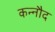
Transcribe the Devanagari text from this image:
कन्नौद